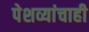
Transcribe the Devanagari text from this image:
पेशव्यांचाही